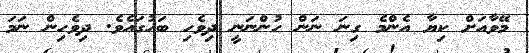
މޭވާއަށް ކިޔާ އެންމެ ގިނަ ނަން ހުންނަނީ ދިވެހި ބަހުގައެވެ. ދިވެހިން ނަމަ